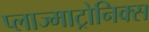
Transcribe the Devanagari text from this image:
प्लाज्माट्रोनिक्स